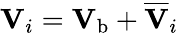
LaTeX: \mathbf{V}_{i}=\mathbf{V}_{\mathrm{b}}+\overline{{\mathbf{V}}}_{i}